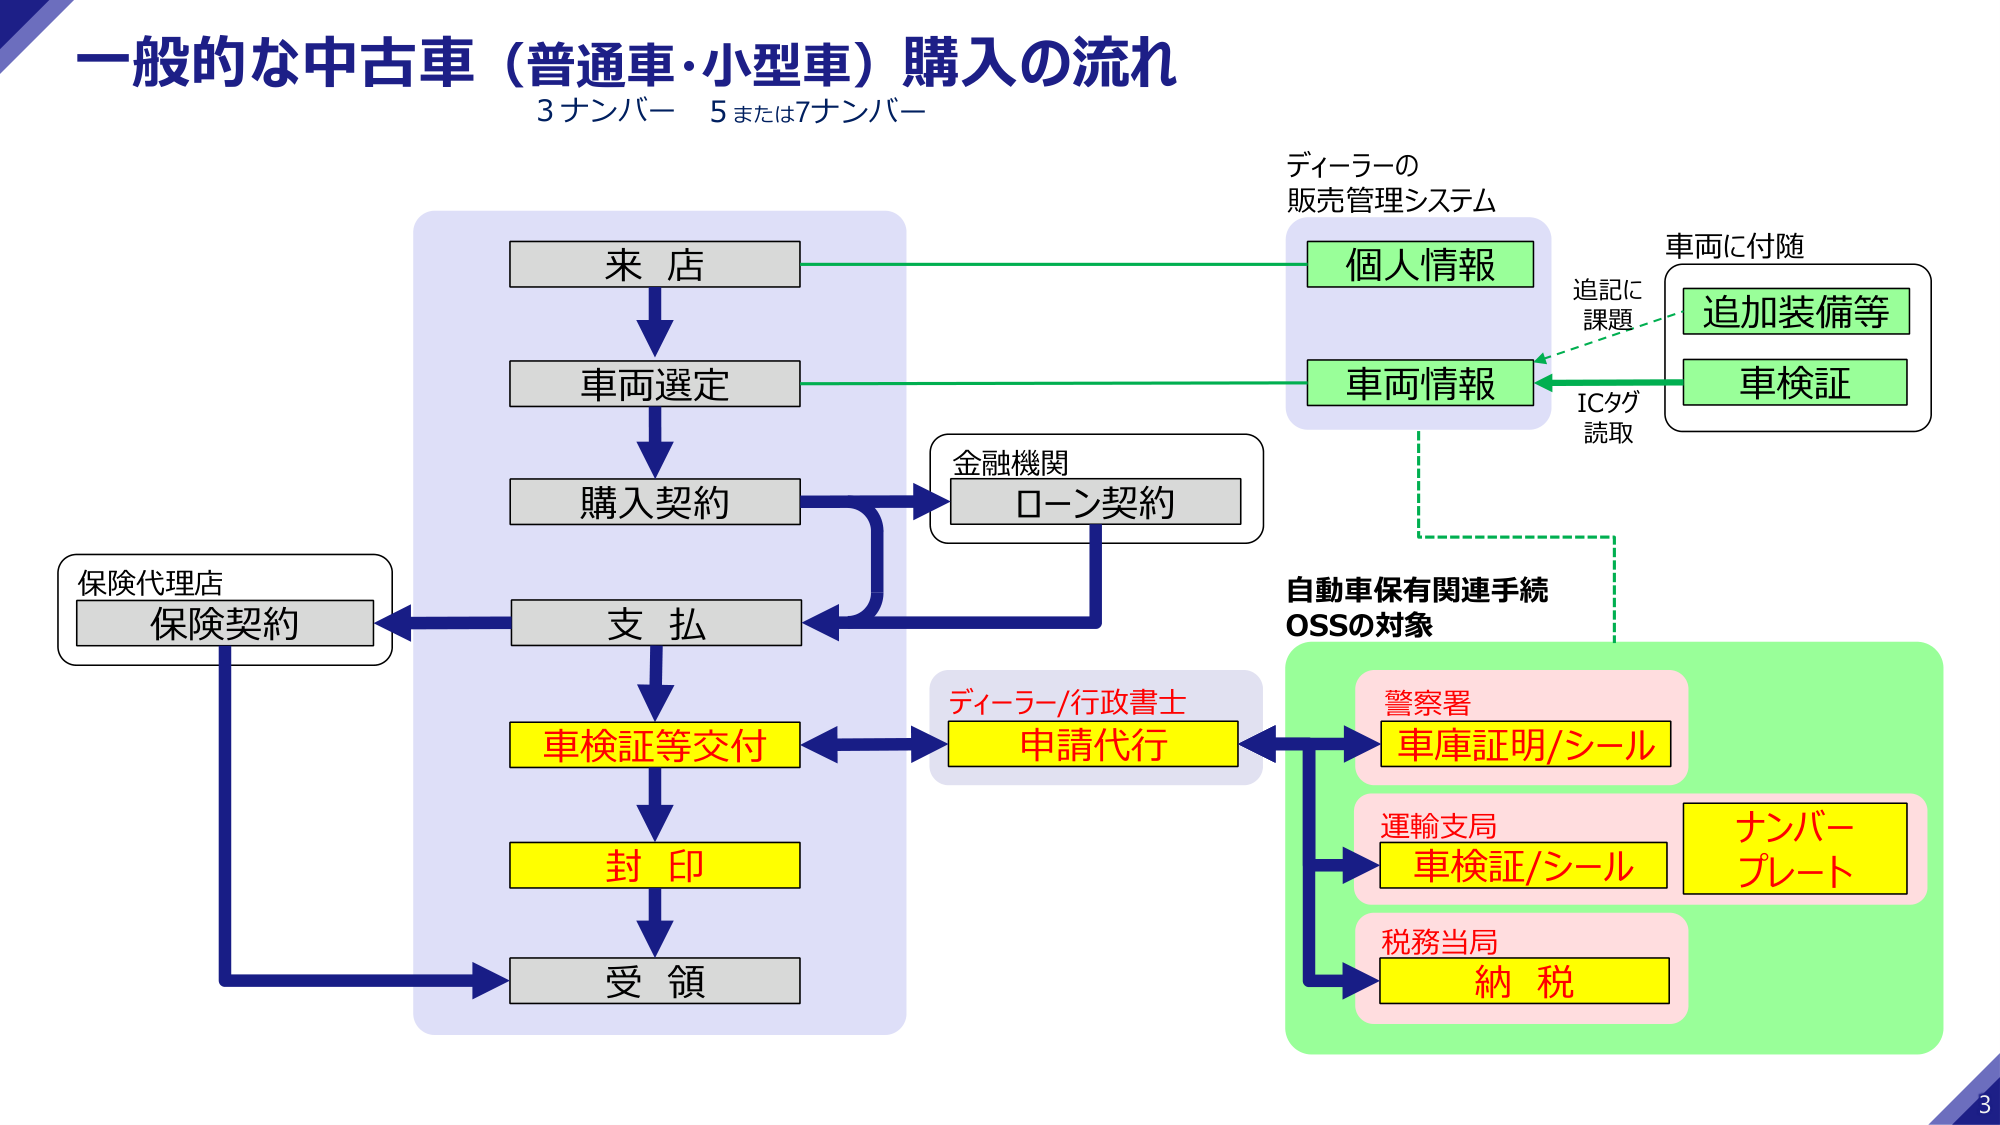
一般的な中古車（普通車・小型車）購入の流れ
3ナンバー 5または7ナンバー

来店
車両選定
購入契約
支払
車検証等交付
封印
受領

ディーラーの
販売管理システム
個人情報
車両情報

車両に付随
追加装備等
車検証
ICタグ
読取
追記に
課題

金融機関
ローン契約

保険代理店
保険契約

自動車保有関連手続
OSSの対象

ディーラー/行政書士
申請代行

警察署
車庫証明/シール

運輸支局
車検証/シール

税務当局
納税

ナンバー
プレート

3